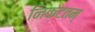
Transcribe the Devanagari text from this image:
निकटतम्